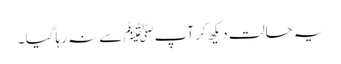
یہ حالت دیکھ کر آپﷺ سے نہ رہا گیا ۔